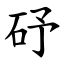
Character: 䂛